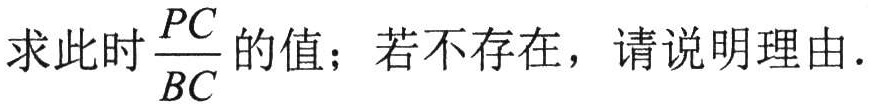
求此时$\dfrac{PC}{BC}$的值；若不存在，请说明理由.